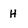
Character: H